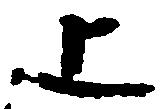
上